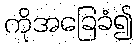
ကိုအခြေခံ၍